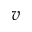
v